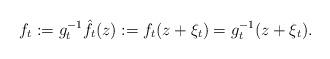
LaTeX: \begin{align*}f_t := g_t^{-1} \hat f_t(z) := f_t(z + \xi_t) = g_t^{-1}(z+\xi_t).\end{align*}